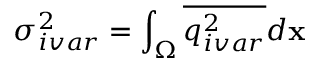
\sigma _ { i v a r } ^ { 2 } = \int _ { \Omega } \overline { { q _ { i v a r } ^ { 2 } } } d \mathbf { x }